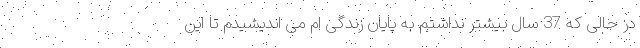
در حالی که 37 سال بیشتر نداشتم به پایان زندگی ام می اندیشیدم تا این